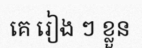
គេ រៀង ៗ ខ្លួន